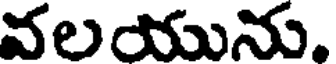
వలయును.